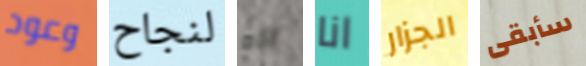
وعود لنجاح اااه انا الجزار سأبقى